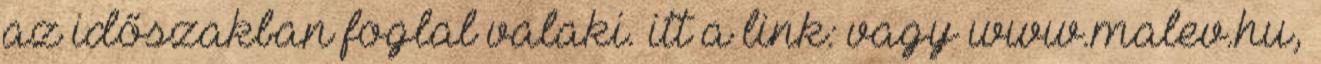
az időszakban foglal valaki. itt a link: vagy www.malev.hu,